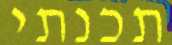
תכנתי